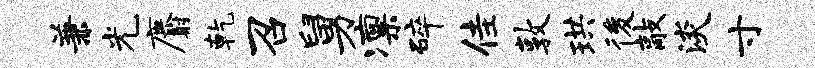
兼光麝乾召舅凛碎佳敦珙後敲淡寸